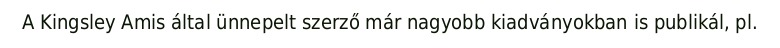
A Kingsley Amis által ünnepelt szerző már nagyobb kiadványokban is publikál, pl.